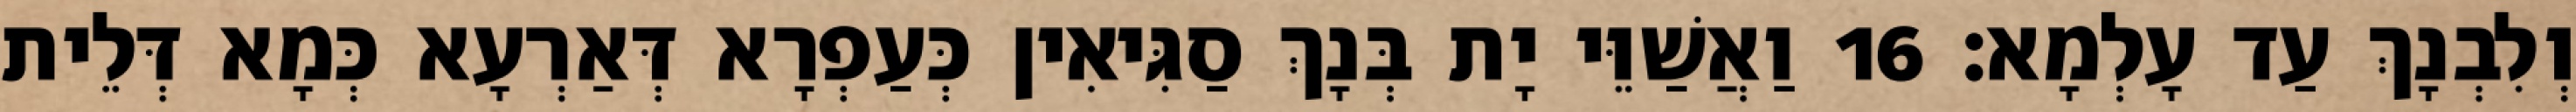
וְלִבְנָךְ עַד עָלְמָא׃ 16 וַאֲשַׁוֵּי יָת בְּנָךְ סַגִּיאִין כְּעַפְרָא דְּאַרְעָא כְּמָא דְּלֵית